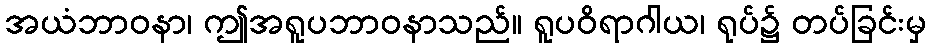
အယံဘာဝနာ၊ ဤအရူပဘာဝနာသည်။ ရူပဝိရာဂါယ၊ ရုပ်၌ တပ်ခြင်းမှ